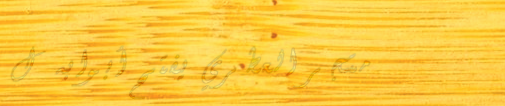
متجر العطري يفتح أبوابه ل